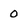
Character: 0